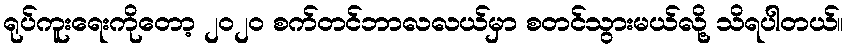
ရုပ်ကူးရေးကိုတော့ ၂၀၂၀ စက်တင်ဘာလလယ်မှာ စတင်သွားမယ်လို့ သိရပါတယ်။